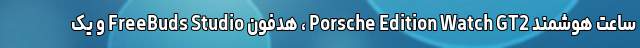
ساعت هوشمند Porsche Edition Watch GT2 ، هدفون FreeBuds Studio و یک